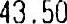
43.50